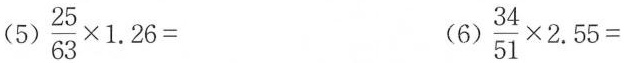
(5)$$\frac{25}{63}\times 1.26=$$ (6)$$\frac{34}{51}\times 2.55=$$